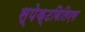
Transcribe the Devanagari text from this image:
स्पेक्टबिलिएस